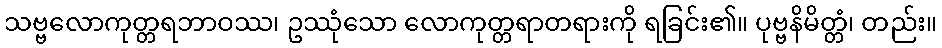
သဗ္ဗလောကုတ္တရဘာဝဿ၊ ဥဿုံသော လောကုတ္တရာတရားကို ရခြင်း၏။ ပုဗ္ဗနိမိတ္တံ၊ တည်း။